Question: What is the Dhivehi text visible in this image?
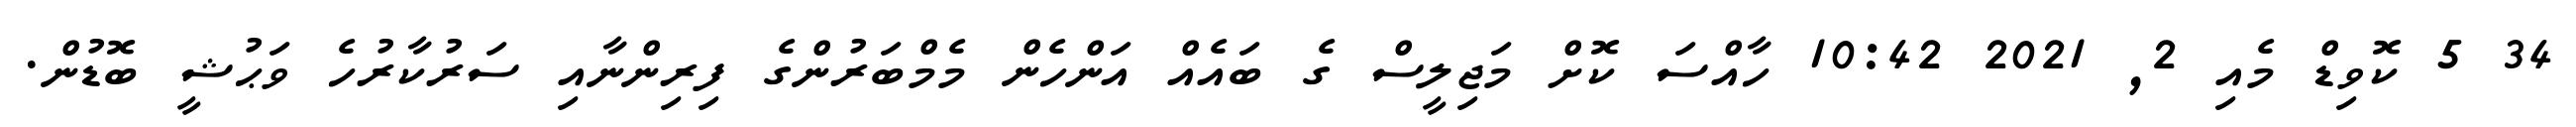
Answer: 34 5 ކޮވިޑް މެއި 2, 2021 10:42 ހާއްސަ ކޮށް މަޖިލީސް ގެ ބައެއް އަންހެން މެމްބަރުންގެ ފިރިންނާއި ސަރުކާރުހެ ވަޙުޝީ ބޮޑުން.